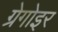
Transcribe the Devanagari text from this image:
ग्रेगोइर